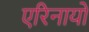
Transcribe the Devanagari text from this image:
एरिनायो